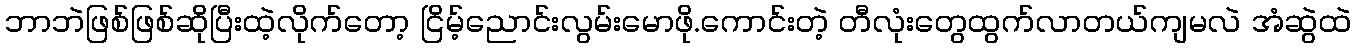
ဘာဘဲဖြစ်ဖြစ်ဆိုပြီးထဲ့လိုက်တော့ ငြိမ့်ညောင်းလွမ်းမောဖို.ကောင်းတဲ့ တီလုံးတွေထွက်လာတယ်ကျမလဲ အံဆွဲထဲ